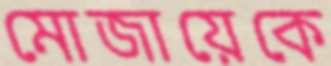
মোজায়েকে